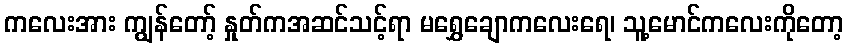
ကလေးအား ကျွန်တော့် နှုတ်ကအဆင်သင့်ရာ မရွှေချောကလေးရေ၊ သူ့မောင်ကလေးကိုတော့